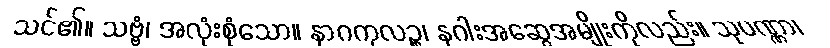
သင်၏။ သဗ္ဗံ၊ အလုံးစုံသော။ နာဂကုလဉ္စ၊ နဂါးအဆွေအမျိုးကိုလည်း။ သုပဏ္ဏာ၊